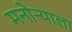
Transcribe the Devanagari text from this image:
मनोऱ्याला